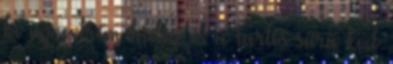
ki az extrém hideg és a tartós sűrű köd